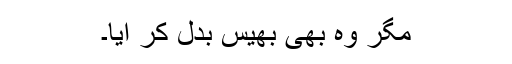
مگر وہ بھی بھیس بدل کر آیا۔